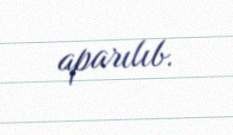
aparılıb.